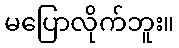
မပြောလိုက်ဘူး။